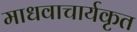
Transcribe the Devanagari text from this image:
माधवाचार्यकृत